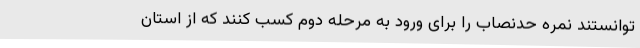
توانستند نمره حدنصاب را برای ورود به مرحله دوم کسب کنند که از استان